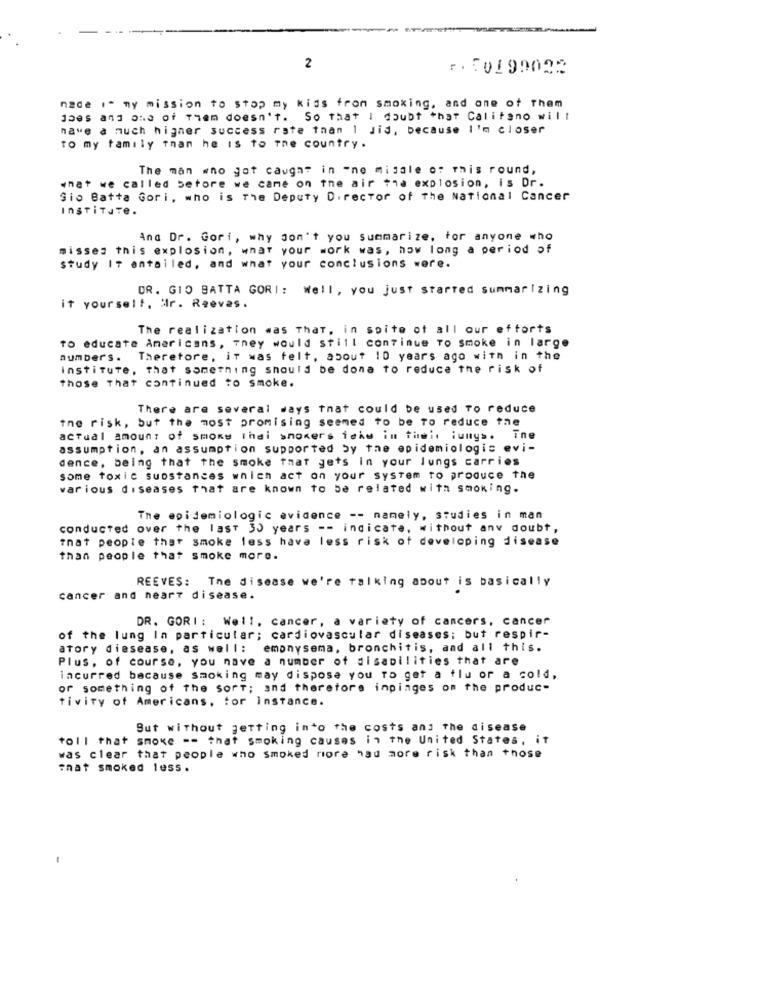
2
r. : 0199025
made i" my mission to stop my kids from smoking, and one of Them
Jbes and one of Them doesn't. So that I doubt that Califano will
have a much higher success rate than 1 Jid, because I'm closer
To my family than he is to the country.
The man who got caught in "ne middle of this round,
what we called before we came on the air the explosion, is Dr.
Gio Batta Gori, who is The Deputy Director of The National Cancer
INSTITUTe.
Ana Dr. Gori, why don't you summarize, for anyone who
misses this explosion, what your work was, how long a period of
study IT entailed, and what your conclusions were.
DR. GIO BATTA GORI: Well, you just started summarIzing
it yourself, ilr. Reeves.
The realization was That, in spite of all our efforts
To educate Americans, They would still continue To smoke in large
numbers. Therefore, it was felt, about 10 years ago with in the
institute, that something should be dona to reduce the risk of
those That continued to smoke.
There are several ways that could be used To reduce
the risk, but the most promising seemed to be To reduce the
actual amount of smony thai showers ichw in their iumys. The
assumption, an assumption supported by the epidemiologic evi-
dence, being that the smoke that gets in your lungs carries
some toxic substances which act on your system to produce the
various diseases that are known to be related with smoking.
The epidemiologic evidence -- namely, studies in man
conducted over the last 30 years -- indicate, without any doubt,
That people that smoke less have less risk of developing disease
than people that smoke more.
REEVES: The disease we're talking about is basically
cancer and heart disease.
DR. GORI : Well. cancer, a variety of cancers, cancer
of the lung In particular; cardiovascular diseases; but respir-
atory diesease, as well: emonysema, bronchitis, and all this.
Plus, of course, you nave a number of disabilities that are
incurred because smoking may dispose you To get a flu or a cold,
or something of the sort; and therefore inpinges on the produc-
tivity of Americans, for instance.
But without getting into the costs and the disease
toll that smoke -- that smoking causes in the United States, it
was clear that people who smoked more had more risk than those
That smoked less.